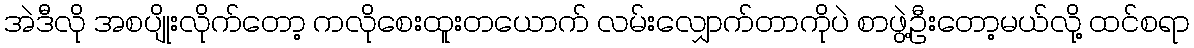
အဲဒီလို အစပျိုးလိုက်တော့ ကလိုစေးထူးတယောက် လမ်းလျှောက်တာကိုပဲ စာဖွဲ့ဦးတော့မယ်လို့ ထင်စရာ